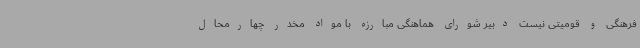
فرهنگی و قومیتی نیست دبیر شورای هماهنگی مبارزه با مواد مخدر چهارمحال